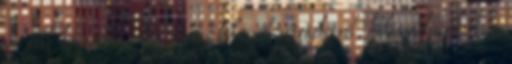
szó esik könyvében. Az arrasi kohászok sztrájkjáról, kalózrádiójukról, a